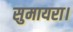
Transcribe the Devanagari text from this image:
सुमायरा।